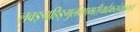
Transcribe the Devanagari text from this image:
लवङ्गहिङ्गुलवणमरीचार्द्रकसंयुतम्॥